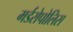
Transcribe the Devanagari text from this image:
मर्डरोपोलिस